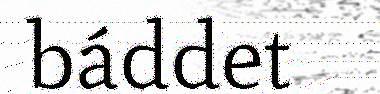
báddet